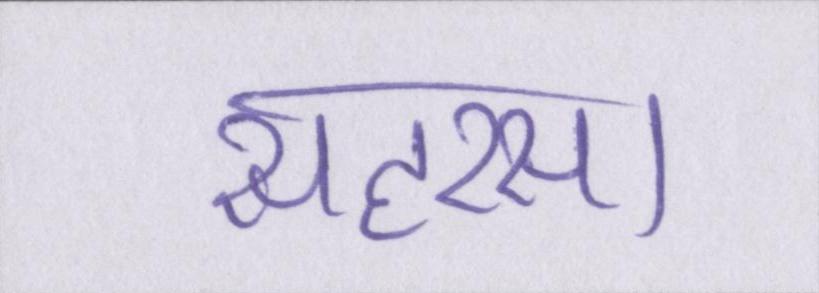
सहरसा